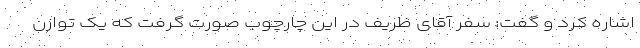
اشاره کرد و گفت: سفر آقای ظریف در این چارچوب صورت گرفت که یک توازن